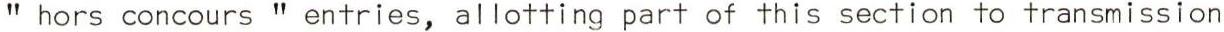
" hors concours " entries, allotting part of this section to transmission